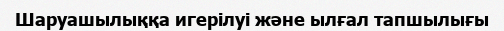
Шаруашылыққа игерілуі және ылғал тапшылығы